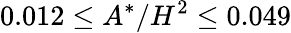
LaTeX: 0.012\leq A^{*}/H^{2}\leq 0.049